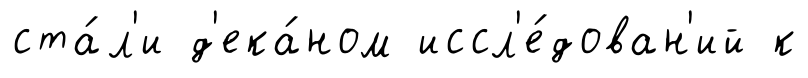
ста́л'и д'ека́ном иссл'е́дован'ий к